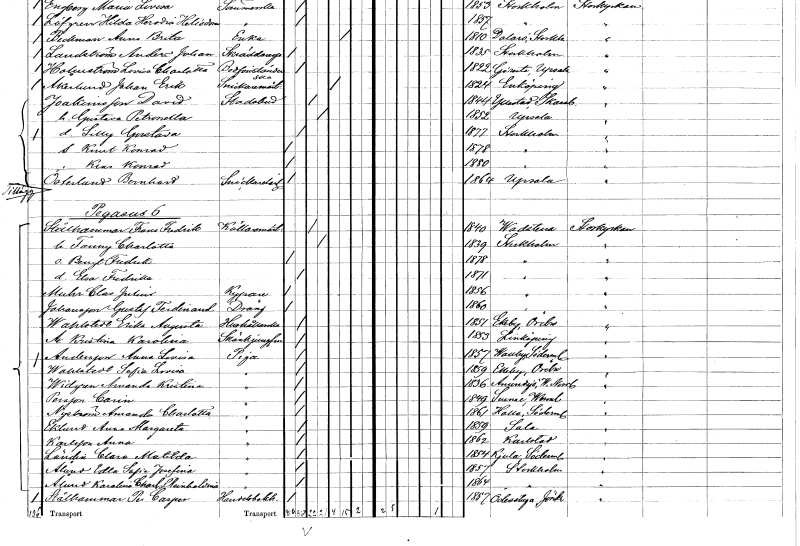
gt_parse: households: individuals: FN: David
EN: Joakimsson
YRKE: Stadsbud
KON: M
CIV: G
FODAR: 1844
FODFORS: Yllestad Skaraborgs län
FN: Gustava Petronella
KON: K
CIV: G
FODAR: 1852
FODFORS: Uppsala Uppsala län
FN: Lilly Gustava
KON: K
CIV: O
FODAR: 1877
FODFORS: Stockholm
FN: Knut Konrad
KON: M
CIV: O
FODAR: 1878
FODFORS: Stockholm
FN: Klas Konrad
KON: M
CIV: O
FODAR: 1880
FODFORS: Stockholm
FN: Bernhard
EN: Österlund
YRKE: Snickarelärling
KON: M
CIV: O
FODAR: 1864
FODFORS: Uppsala Uppsala län
FN: Frans Fredrik
EN: Stålhammar
YRKE: Källarmästare
KON: M
CIV: G
FODAR: 1840
FODFORS: Vadstena Östergötlands län
FN: Fanny Charlotta
KON: K
CIV: G
FODAR: 1839
FODFORS: Stockholm
FN: Bengt Fredrik
KON: M
CIV: O
FODAR: 1878
FODFORS: Stockholm
FN: Elsa Fredrika
KON: K
CIV: O
FODAR: 1871
FODFORS: Stockholm
FN: Clas Julius
EN: Muhr
YRKE: Kypare
KON: M
CIV: O
FODAR: 1856
FODFORS: Stockholm
FN: Gustaf Ferdinand
EN: Johansson
YRKE: Dräng
KON: M
CIV: O
FODAR: 1860
FODFORS: Stockholm
FN: Erika Augusta
EN: Wahlstedt
YRKE: Hushållerska
KON: K
CIV: O
FODAR: 1851
FODFORS: Ekeby Örebro län
FN: Kristina Karolina
EN: A.
YRKE: Skänkjungfru
KON: K
CIV: O
FODAR: 1853
FODFORS: Linköping Östergötlands län
FN: Anna Lovisa
EN: Andersson
YRKE: Piga
KON: K
CIV: O
FODAR: 1857
FODFORS: Vallby Södermanlands län
FN: Sofia Lovisa
EN: Wahlstedt
YRKE: Piga
KON: K
CIV: O
FODAR: 1859
FODFORS: Ekeby Örebro län
FN: Amanda Kristina
EN: Widgren
YRKE: Piga
KON: K
CIV: O
FODAR: 1836
FODFORS: Anundsjö Västernorrlands län
FN: Carin
EN: Persson
YRKE: Piga
KON: K
CIV: O
FODAR: 1849
FODFORS: Sunne Värmlands län
FN: Amanda Charlotta
EN: Nyström
YRKE: Piga
KON: K
CIV: O
FODAR: 1861
FODFORS: Halla Södermanlands län
FN: Anna Margareta
EN: Eklund
YRKE: Piga
KON: K
CIV: O
FODAR: 1859
FODFORS: Sala Västmanlands län
FN: Anna
EN: Karlsson
YRKE: Piga
KON: K
CIV: O
FODAR: 1862
FODFORS: Karlstad Värmlands län
FN: Clara Matilda
EN: Ländin
YRKE: Piga
KON: K
CIV: O
FODAR: 1854
FODFORS: Kjula Södermanlands län
FN: Edla Sofia Josefina
EN: Ålund
YRKE: Piga
KON: K
CIV: O
FODAR: 1857
FODFORS: Stockholm
FN: Karolina Charlotta Reinholdina
EN: Ålund
YRKE: Piga
KON: K
CIV: O
FODAR: 1864
FODFORS: Stockholm
FN: Per Casper
EN: Stålhammar
YRKE: Handelsbokhållare
KON: M
CIV: O
FODAR: 1857
FODFORS: Ödestugu Jönköpings län